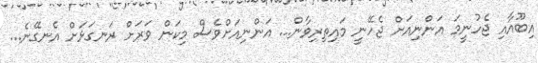
އިބޫއާއި ޖެހުނީމަ އަންނިއަށް ޖެހޭނީ މައިތިރިވާން... އަންނިއަށްވެސް މިކަން ވަރަށް ރަނގަޅަށް އެނގޭނެ...